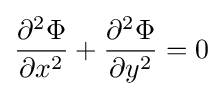
{\frac {\partial ^{2}\Phi }{\partial x^{2}}}+{\frac {\partial ^{2}\Phi }{\partial y^{2}}}=0